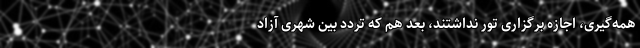
همه‌گیری، اجازه برگزاری تور نداشتند، بعد هم که تردد بین شهری آزاد